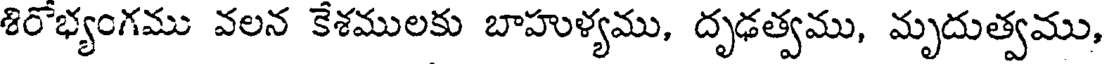
శిరోభ్యంగము వలన కేశములకు బాహుళ్యము, దృఢత్వము, మృదుత్వము,